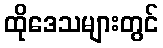
ထိုဒေသများတွင်